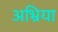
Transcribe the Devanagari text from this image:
अभ्रिया